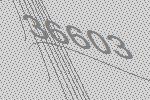
36603